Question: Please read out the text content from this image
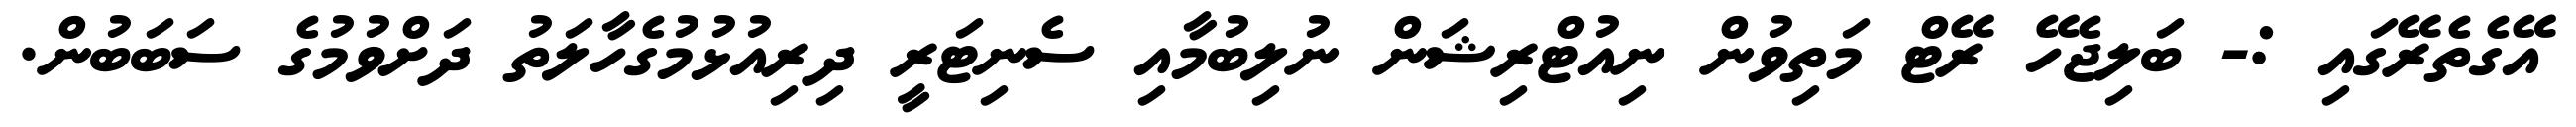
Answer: އޭގެތެރޭގައި :- ބަލިޖެހޭ ރޭޓް މަތިވުން ނިއުޓްރިޝަން ނުލިބުމާއި ސެނިޓަރީ ދިރިއުޅުމުގެހާލަތު ދަށްވުމުގެ ސަބަބުން.